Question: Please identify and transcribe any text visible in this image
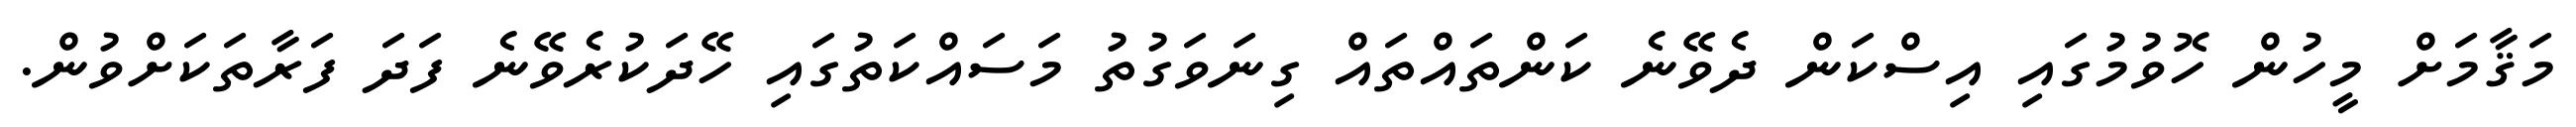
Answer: މަޤާމަށް މީހުން ހޮވުމުގައި އިސްކަން ދެވޭނެ ކަންތައްތައް ގިނަވަގުތު މަސައްކަތުގައި ހޭދަކުރެވޭނެ ފަދަ ފަރާތަކަށްވުން.